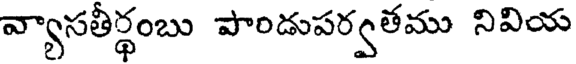
వ్యాసతీర్థంబు పాండుపర్వతము నివియ